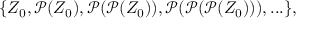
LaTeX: \{ Z _ { 0 } , { \mathcal { P } } ( Z _ { 0 } ) , { \mathcal { P } } ( { \mathcal { P } } ( Z _ { 0 } ) ) , { \mathcal { P } } ( { \mathcal { P } } ( { \mathcal { P } } ( Z _ { 0 } ) ) ) , . . . \} ,